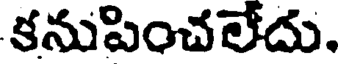
కనుపించలేదు.